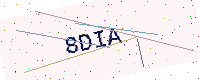
Text: 8DIA